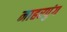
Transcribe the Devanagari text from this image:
नाहरपुंग